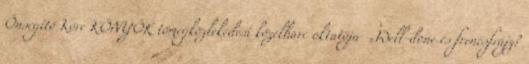
Önsegítő Köre KÖNYÖK tömegközlekedési közelharc oktatója „Well-done és frencsfrájz?